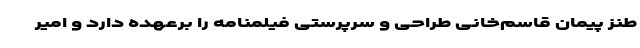
طنز پیمان قاسم‌خانی طراحی و سرپرستی فیلمنامه را برعهده دارد و امیر